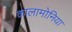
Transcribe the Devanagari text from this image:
कालामोनिया